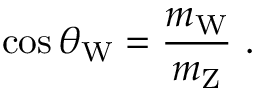
\cos \theta _ { \mathrm { W } } = { \frac { m _ { \mathrm { W } } } { m _ { \mathrm { Z } } } } ~ .